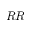
R R